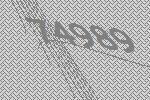
74989